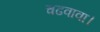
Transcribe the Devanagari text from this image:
चढवावा।